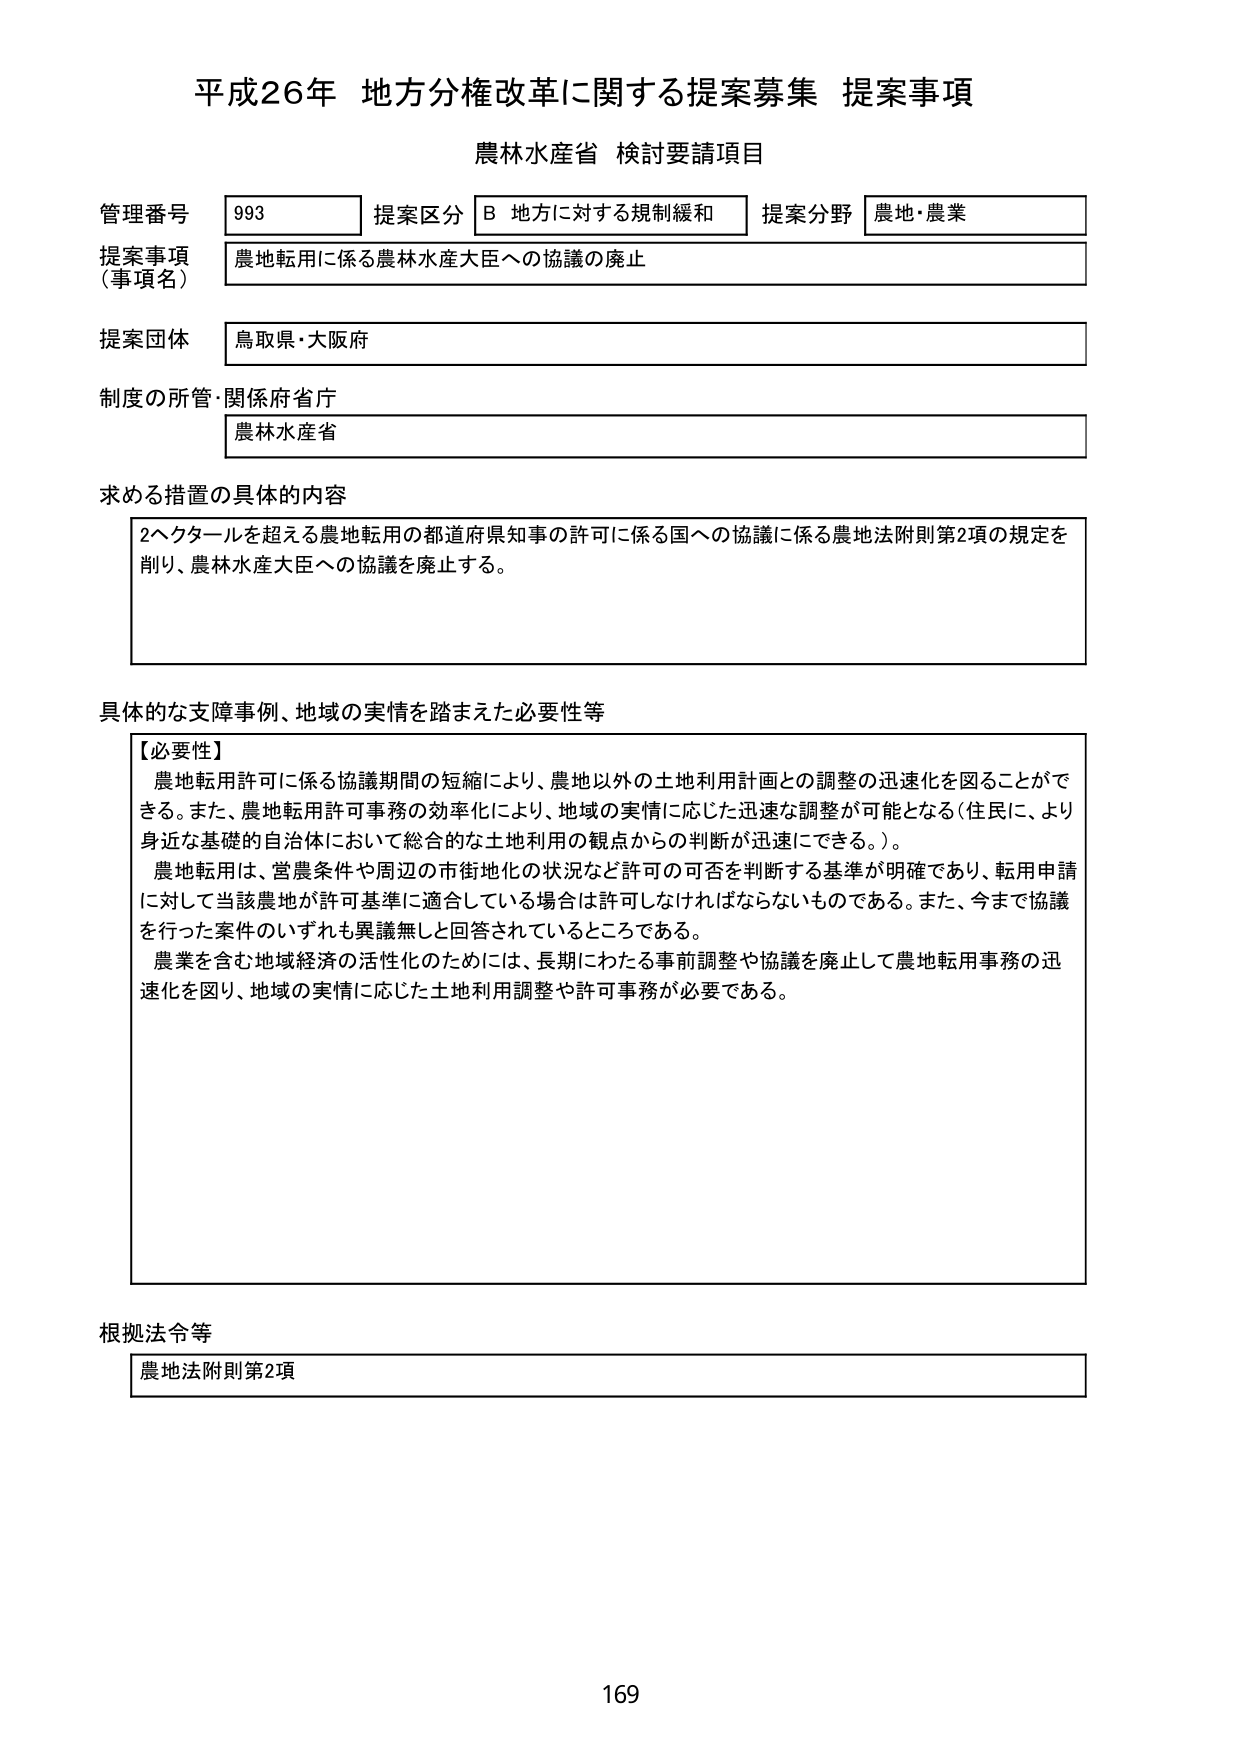
平成26年 地方分権改革に関する提案募集 提案事項
農林水産省 検討要請項目

管理番号 993 提案区分 B 地方に対する規制緩和 提案分野 農地・農業
提案事項（事項名） 農地転用に係る農林水産大臣への協議の廃止
提案団体 鳥取県・大阪府
制度の所管・関係府省庁 農林水産省

求める措置の具体的内容
2ヘクタールを超える農地転用の都道府県知事の許可に係る国への協議に係る農地法附則第2項の規定を削り、農林水産大臣への協議を廃止する。

具体的な支障事例、地域の実情を踏まえた必要性等
【必要性】
農地転用許可に係る協議期間の短縮により、農地以外の土地利用計画との調整の迅速化を図ることができる。また、農地転用許可事務の効率化により、地域の実情に応じた迅速な調整が可能となる（住民に、より身近な基礎的自治体において総合的な土地利用の観点からの判断が迅速にできる。）。
農地転用は、営農条件や周辺の市街地化の状況など許可の可否を判断する基準が明確であり、転用申請に対して当該農地が許可基準に適合している場合は許可しなければならないものである。また、今まで協議を行った案件のいずれも異議無しと回答されているところである。
農業を含む地域経済の活性化のためには、長期にわたる事前調整や協議を廃止して農地転用事務の迅速化を図り、地域の実情に応じた土地利用調整や許可事務が必要である。

根拠法令等
農地法附則第2項

169